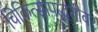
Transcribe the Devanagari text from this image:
चिकित्सापद्धतीवर